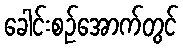
ခေါင်းစဉ်အောက်တွင်